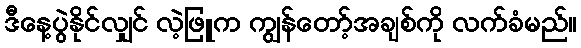
ဒီနေ့ပွဲနိုင်လျှင် လဲ့ဖြူက ကျွန်တော့်အချစ်ကို လက်ခံမည်။